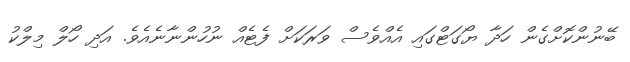
ބޭނުންކޮށްގެން ހަދާ ޔޯގަޓްގައި އެއްވެސް ވަރަކަށް ފެޓެއް ނުހުންނާނެއެވެ. އަދި ހޯލް މިލްކު